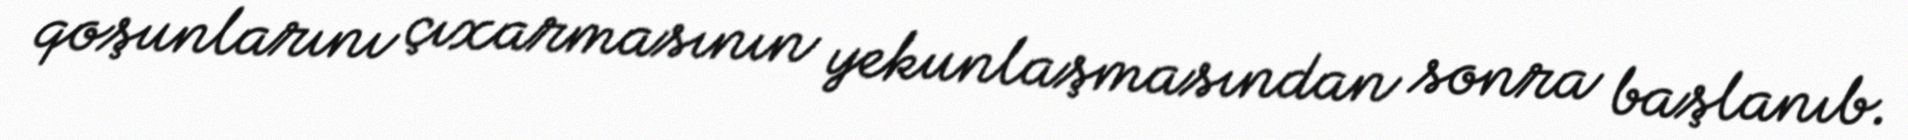
qoşunlarını çıxarmasının yekunlaşmasından sonra başlanıb.